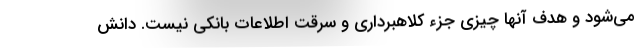
می‌شود و هدف آنها چیزی جزء کلاهبرداری و سرقت اطلاعات بانکی نیست. دانش